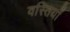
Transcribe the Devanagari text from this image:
वस्तियाँ